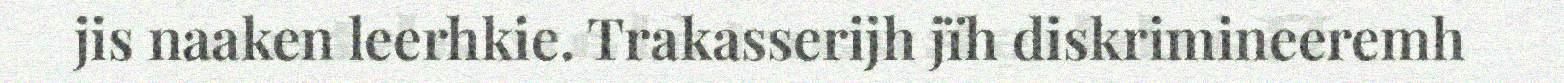
jis naaken leerhkie. Trakasserijh jïh diskrimineeremh